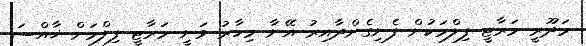
މަދޫރީ މަރާޓީ ފިލްމަކުން ފެނިގެންދާއިރު އޭނާ މިހާރު ވަނީ މަރާޓީ ފިލްމަށް ޚާއްސަ